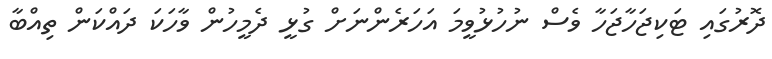
ދޮރުގައި ޓަކިޖަހާޖަހާ ވެސް ނުހުޅުވީމަ އަހަރެންނަށް ގުޅީ ދެމީހުން ވާހަކަ ދައްކަން ތިއްބާ